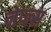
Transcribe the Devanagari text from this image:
नेप्ल्स